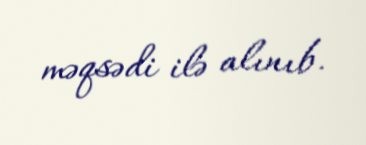
məqsədi ilə alınıb.